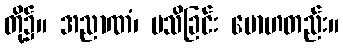
တို့၌။ အညာဏံ၊ မသိခြင်း မောဟတည်း။